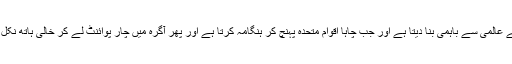
جب چاہے عالمی سے باہمی بنا دیتا ہے اور جب چاہا اقوام متحدہ پہنچ کر ہنگامہ کرتا ہے اور پھر آگرہ میں چار پوائنٹ لے کر خالی ہاتھ نکل جاتا ہے۔